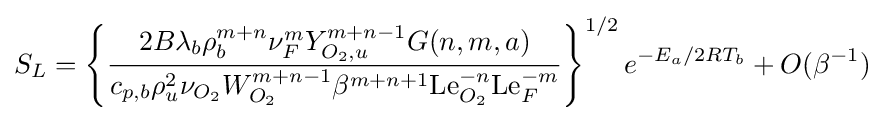
S_{L}=\left\{{\frac {2B\lambda _{b}\rho _{b}^{m+n}\nu _{F}^{m}Y_{O_{2},u}^{m+n-1}G(n,m,a)}{c_{p,b}\rho _{u}^{2}\nu _{O_{2}}W_{O_{2}}^{m+n-1}\beta ^{m+n+1}\mathrm {Le} _{O_{2}}^{-n}\mathrm {Le} _{F}^{-m}}}\right\}^{1/2}e^{-E_{a}/2RT_{b}}+O(\beta ^{-1})